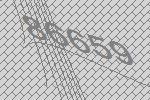
86659